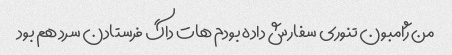
من ژامبون تنوری سفارش داده بودم هات داگ فرستادن سرد هم بود